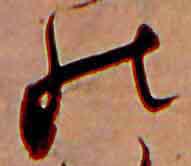
の